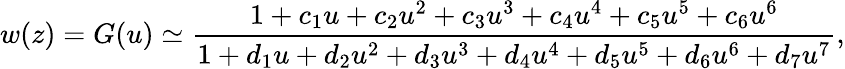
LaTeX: w(z)=G(u)\simeq\frac{1+c_{1}u+c_{2}u^{2}+c_{3}u^{3}+c_{4}u^{4}+c_{5}u^{5}+c_{6}u^{6}}{1+d_{1}u+d_{2}u^{2}+d_{3}u^{3}+d_{4}u^{4}+d_{5}u^{5}+d_{6}u^{6}+d_{7}u^{7}},